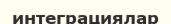
интеграциялар